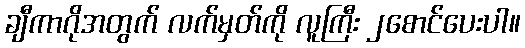
ချီကာဂိုအတွက် လက်မှတ်ကို လူကြီး ၂စောင်ပေးပါ။